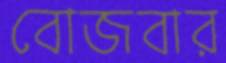
বোজবার